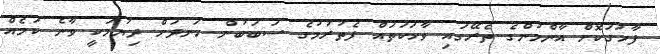
ފާހަގަކޮށް އާންމުންގެ ތެރޭގައި ވާހަކަތައް ފެތުރުމުގެ ސަބަބުން ހަނދަށް ދިޔުމަކީ ވާނެ ކަމެއް